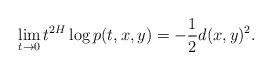
LaTeX: \begin{align*}\lim_{t\rightarrow0}t^{2H}\log p(t,x,y)=-\frac{1}{2}d(x,y)^{2}.\end{align*}